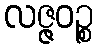
လဇ္ဇဝဉ္စ